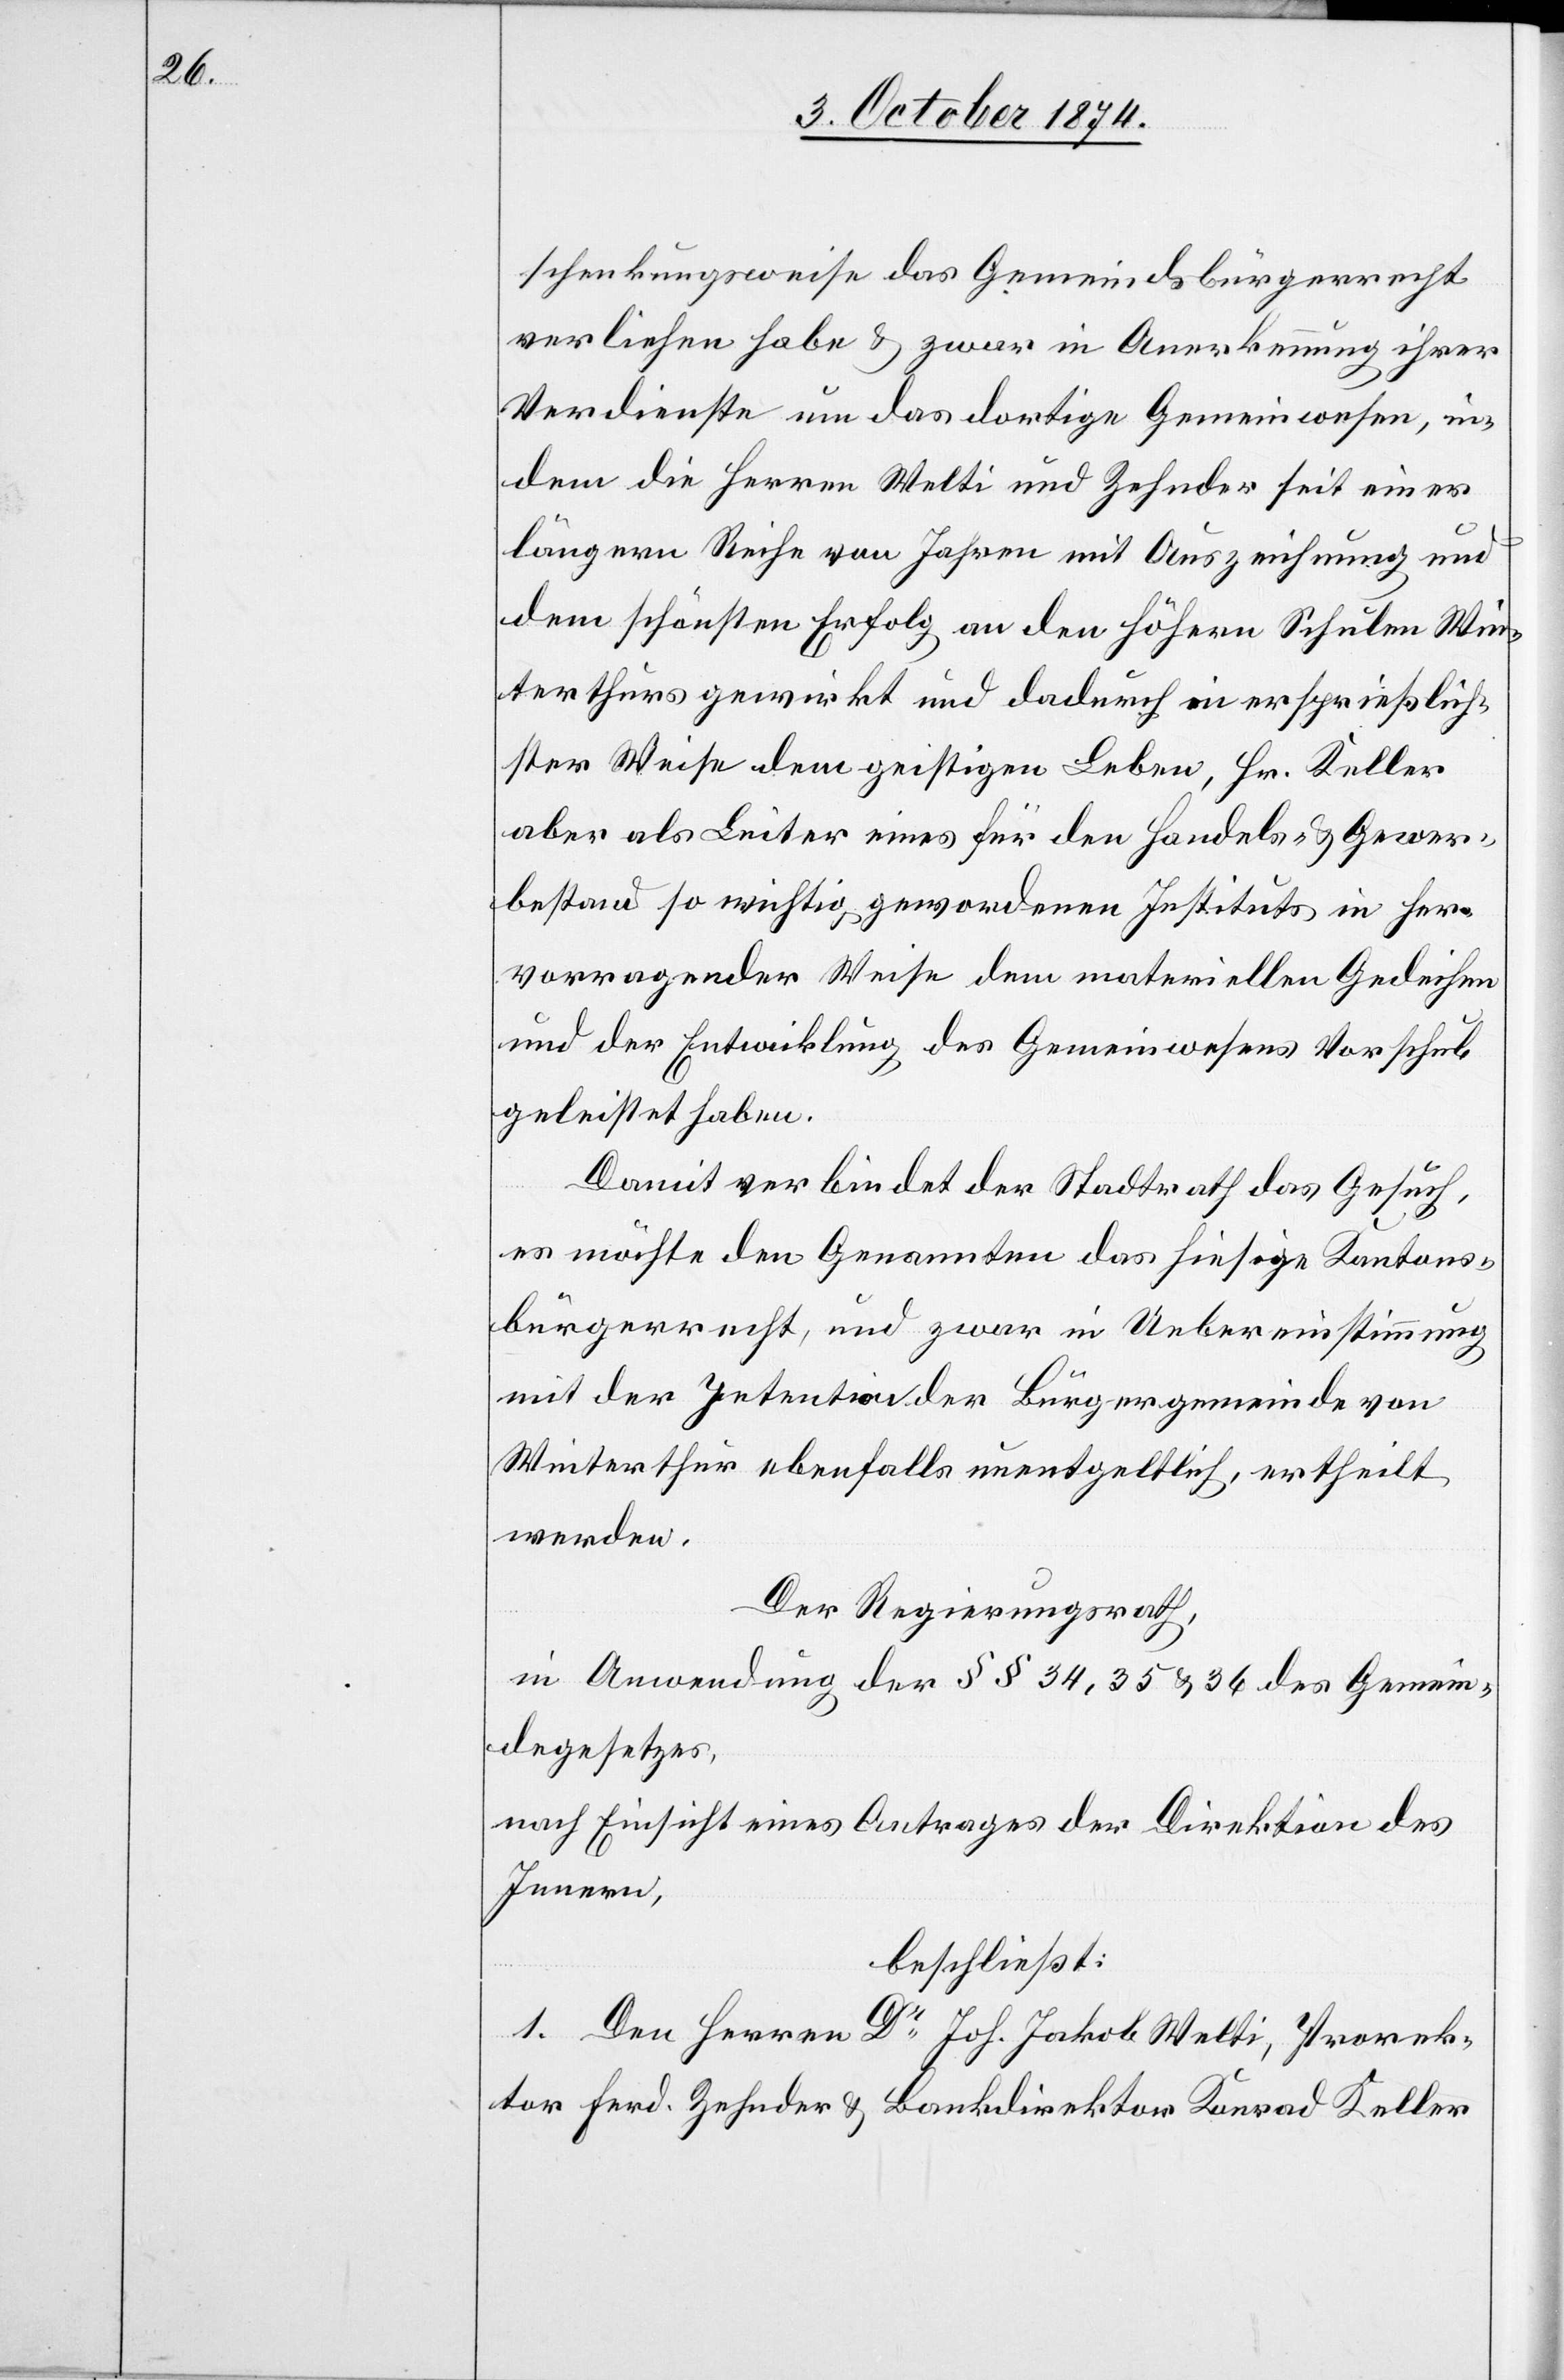
schenkungsweise das Gemeindsbürgerrecht
verliehen habe & zwar in Anerkennung ihrer
Verdienste um das dortige Gemeindwesen, in¬
dem die Herren Welti und Zehnder seit einer
längern Reihe von Jahren mit Auszeichnung und
dem schönsten Erfolg an den höhern Schulen Win¬
terthurs gewirkt und dadurch in ersprießlich¬
ster Weise dem geistigen Leben, Hr. Keller
aber als Leiter eines für den Handels- & Gewer¬
bestand so wichtig gewordenen Instituts in her¬
vorragender Weise dem materiellen Gedeihen
und der Entwicklung des Gemeinwesens Vorschub
geleistet haben.
Damit verbindet der Stadtrath das Gesuch
es möchte den Genannten das hiesige Kantons¬
bürgerrecht, und zwar in Uebereinstimmung
mit der Intention der Bürgergemeinde von
Winterthur ebenfalls unentgeltlich, ertheilt
werden.
Der Regierungsrath,
in Anwendung der §§ 34, 35 & 36 des Gemein¬
degesetzes,
nach Einsicht eines Antrages der Direktion des
Innern,
beschließt:
1. Den Herren Dr Joh. Jakob Welti, Prorek¬
tor Ferd. Zehnder & Bankdirektor Konrad Keller